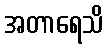
အတာရေသိ